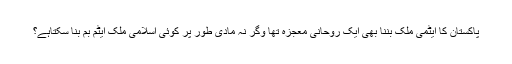
پاکستان کا ایٹمی ملک بننا بھی ایک روحانی معجزہ تھا وگر نہ مادی طور پر کوئی اسلامی ملک ایٹم بم بنا سکتاہے؟